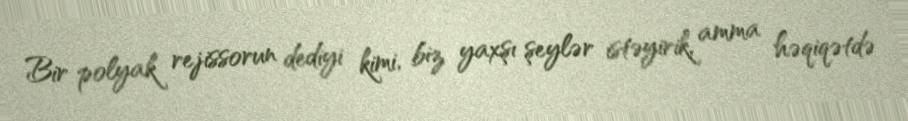
Bir polyak rejissorun dediyi kimi, biz yaxşı şeylər istəyirik, amma həqiqətdə